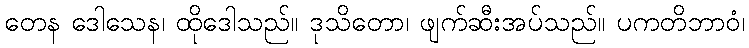
တေန ဒေါသေန၊ ထိုဒေါသည်။ ဒုသိတော၊ ဖျက်ဆီးအပ်သည်။ ပကတိဘာဝံ၊